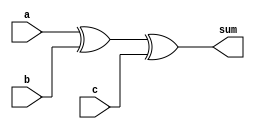
module FA(input[3:0] a,b,c,output[3:0] sum);
	assign sum = a^b^c;
endmodule

module cla(input [3:0] a,b, output [4:1] c);
	wire [3:0] p,g;
	
	assign p = a^b,
			 g = a&b;
	
	assign c[1] = g[0],
			 c[2] = g[1] | p[1]&g[0],
			 c[3] = g[2] | p[2]&g[1] | p[2]&p[1]&g[0],
			 c[4] = g[3] | p[3]&g[2] | p[3]&p[2]&g[1] | p[3]&p[2]&p[1]&g[0];
endmodule

module cla_adv(input [3:0] a,b,input cin, output [4:1] c);
	wire [3:0] p,g;
	
	assign p = a^b,
			 g = a&b;
	
	assign c[1] = g[0] | p[0]&cin,
			 c[2] = g[1] | p[1]&g[0] | p[1]&p[0]&cin,
			 c[3] = g[2] | p[2]&g[1] | p[2]&p[1]&g[0] | p[2]&p[1]&p[0]&cin,
			 c[4] = g[3] | p[3]&g[2] | p[3]&p[2]&g[1] | p[3]&p[2]&p[1]&g[0] | p[3]&p[2]&p[1]&p[0]&cin;
endmodule

module ETA2_p(input [31:0] A,B, output [31:0] sum,output cy);
	wire [32:0] carry;
	genvar i;
	
	assign carry[0] = 1'b0;
	
	generate for(i = 0; i < 20; i=i+4)begin:adder
		cla car_n(A[i+3:i],B[i+3:i],carry[i+4:i+1]);
		FA add_n(A[i+3:i],B[i+3:i],carry[i+3:i],sum[i+3:i]);
	end endgenerate
	generate for(i = 20; i < 32; i=i+4)begin:adv_adder
		cla_adv car_an(A[i+3:i],B[i+3:i],carry[i],carry[i+4:i+1]);
		FA add_an(A[i+3:i],B[i+3:i],carry[i+3:i],sum[i+3:i]);
	end
	endgenerate
	assign cy = carry[32];	
endmodule 

module ETA2_n(input [31:0] A,Bb, output [31:0] sum,output cy);
	wire [32:0] carry;
	wire [31:0] B;
	genvar i;
	
	assign carry[0] = 1'b1;
	assign B = ~Bb;
	
	generate for(i = 0; i < 20; i=i+4)begin:adder
		cla car_n(A[i+3:i],B[i+3:i],carry[i+4:i+1]);
		FA add_n(A[i+3:i],B[i+3:i],carry[i+3:i],sum[i+3:i]);
	end endgenerate
	cla_adv car_an(A[23:20],B[23:20],1'b1,carry[24:21]);
	FA add_an(A[23:20],B[23:20],{carry[23:21],1'b1},sum[23:20]);
	generate for(i = 24; i < 32; i=i+4)begin:adv_adder
		cla_adv car_an(A[i+3:i],B[i+3:i],carry[i],carry[i+4:i+1]);
		FA add_an(A[i+3:i],B[i+3:i],carry[i+3:i],sum[i+3:i]);
	end
	endgenerate 
	assign cy = 1'b0;
endmodule